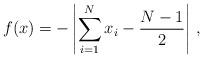
LaTeX: \begin{align*}f(x)=-\left\vert\sum_{i=1}^N x_i-\frac{N-1}{2}\right\vert\, ,\end{align*}